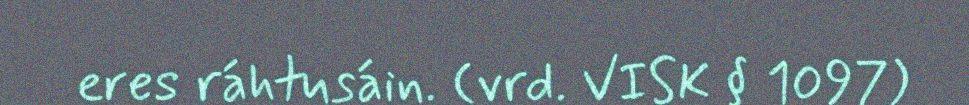
eres ráhtusáin. (vrd. VISK § 1097)